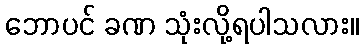
ဘောပင် ခဏ သုံးလို့ရပါသလား။